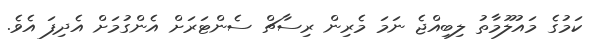
ކަމުގެ މައުލޫމާތު ލިބިއްޖެ ނަމަ މެރިން ރިސާޗް ސެންޓަރަށް އެންގުމަށް އެދިފަ އެވެ.